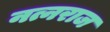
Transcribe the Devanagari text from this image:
नत्नराज